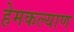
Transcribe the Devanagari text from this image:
हेमकल्याण